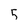
Character: 5